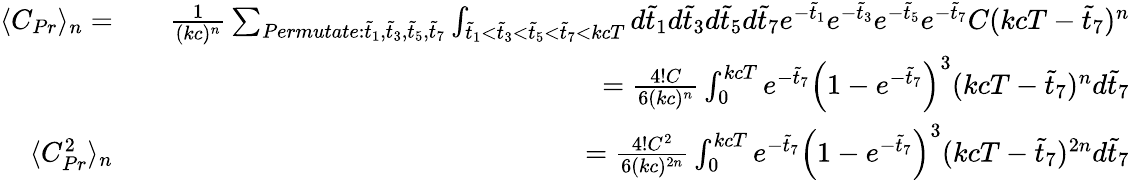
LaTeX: \begin{array}{rlr}{\langle C_{Pr}\rangle_{n}=}&{}&{\frac{1}{(kc)^{n}}\sum_{Permutate:\tilde{t}_{1},\tilde{t}_{3},\tilde{t}_{5},\tilde{t}_{7}}\int_{\tilde{t}_{1}<\tilde{t}_{3}<\tilde{t}_{5}<\tilde{t}_{7}<kcT}d\tilde{t}_{1}d\tilde{t}_{3}d\tilde{t}_{5}d\tilde{t}_{7}e^{-\tilde{t}_{1}}e^{-\tilde{t}_{3}}e^{-\tilde{t}_{5}}e^{-\tilde{t}_{7}}C(kcT-\tilde{t}_{7})^{n}}\\ &{}&{=\frac{4!C}{6(kc)^{n}}\int_{0}^{kcT}e^{-\tilde{t}_{7}}\left(1-e^{-\tilde{t}_{7}}\right)^{3}(kcT-\tilde{t}_{7})^{n}d\tilde{t}_{7}}\\ {\langle C_{Pr}^{2}\rangle_{n}}&{}&{=\frac{4!C^{2}}{6(kc)^{2n}}\int_{0}^{kcT}e^{-\tilde{t}_{7}}\left(1-e^{-\tilde{t}_{7}}\right)^{3}(kcT-\tilde{t}_{7})^{2n}d\tilde{t}_{7}}\end{array}